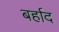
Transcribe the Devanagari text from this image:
बर्हाद